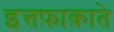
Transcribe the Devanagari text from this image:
इत्तफ़ाक़ाते